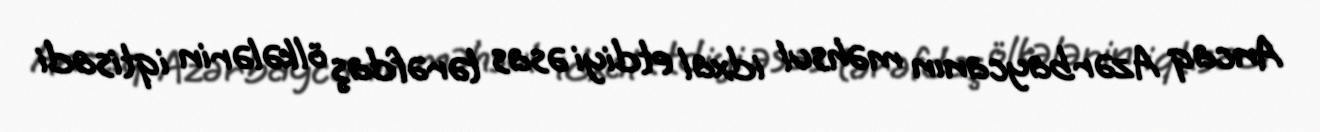
Ancaq Azərbaycanın məhsul idxal etdiyi əsas tərəfdaş ölkələrin iqtisadi